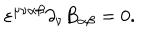
\varepsilon ^ { \mu \nu \alpha \beta } \partial _ { \nu } B _ { \alpha \beta } = 0 .